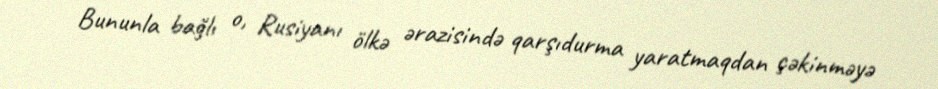
Bununla bağlı o, Rusiyanı ölkə ərazisində qarşıdurma yaratmaqdan çəkinməyə